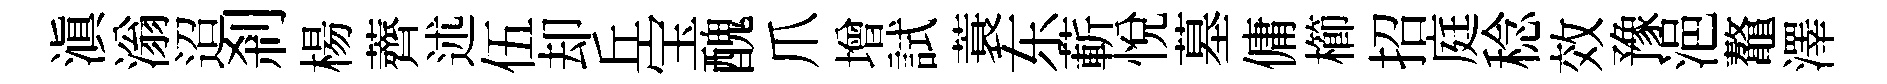
滇滃迢剎楊薺述伍却丘宝醜爪增試蓑东蔪悅墓傭櫛招庭稔效豫浥鼇澤